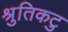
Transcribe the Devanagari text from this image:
श्रुतिकटु